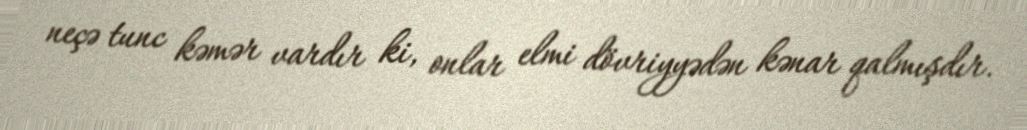
neçə tunc kəmər vardır ki, onlar elmi dövriyyədən kənar qalmışdır.